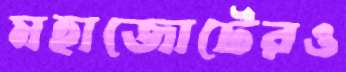
মহাজোটেরও